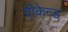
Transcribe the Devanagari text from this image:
वीकेन्ड